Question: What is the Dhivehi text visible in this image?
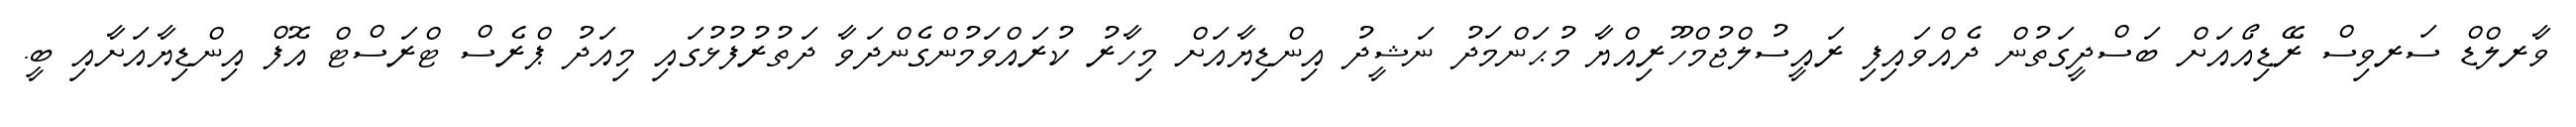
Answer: ވާރލްޑް ސަރވިސް ރޭޑިއޯއަށް ބަސްދީގަތުން ދެއްވައިފި ރައީސުލްޖުމްހޫރިއްޔާ މުޙަންމަދު ނަޝީދު އިންޑިޔާއަށް މިހާރު ކުރައްވަމުންގެންދަވާ ދަތުރުފުޅުގައި މިއަދު ޕްރެސް ޓްރަސްޓް އޮފް އިންޑިޔާއަށާއި ބީ.